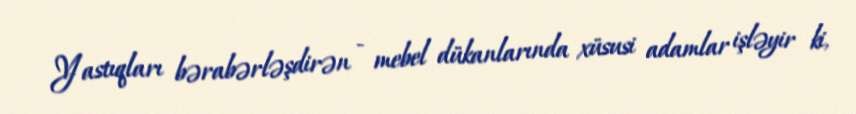
Yastıqları bərabərləşdirən - mebel dükanlarında xüsusi adamlar işləyir ki,